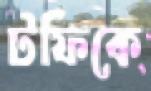
টফিকে